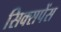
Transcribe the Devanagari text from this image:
सिक्सपेंस